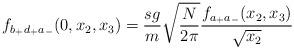
LaTeX: \begin{align*}f_{b_+ d_+ a_-}(0,x_2,x_3) = \frac{sg}{m}\sqrt{\frac{N}{2\pi}}\frac{f_{a_+ a_-}(x_2, x_3)}{\sqrt{x_2}}\end{align*}